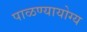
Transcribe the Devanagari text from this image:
पाळण्यायोग्य